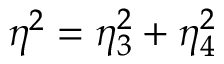
\eta ^ { 2 } = \eta _ { 3 } ^ { 2 } + \eta _ { 4 } ^ { 2 }